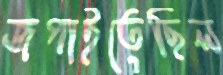
জপাইতেছিল